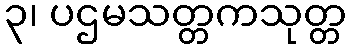
၃၊ ပဌမသတ္တကသုတ္တ